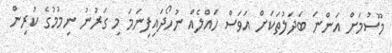
މޫސުމަށް އަންނަ ބަދަލުތަކަށް އަވަސް ހައްލެއް ނުހޯދައިފިނަމަ މި ގަރުނު ނިމުމުގެ ކުރިން